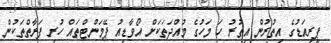
ޕީރިއަޑުގެ އިތުރުން އިތުރު ހަ މަހުގެ މުއްދަތަކަށް އޯވާޑިއު ޕޭމަންޓްތައް ހުރި ފަރާތްތަކުން